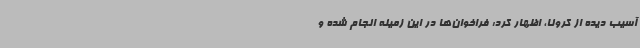
آسیب دیده از کرونا، اظهار کرد: فراخوان‌ها در این زمینه انجام شده و